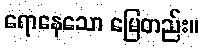
ရောနေသော မြေတည်း။